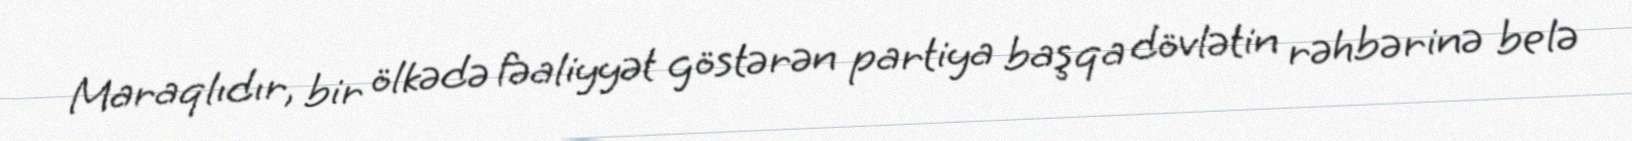
Maraqlıdır, bir ölkədə fəaliyyət göstərən partiya başqa dövlətin rəhbərinə belə